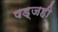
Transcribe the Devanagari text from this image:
षड्जही